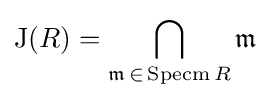
\mathrm {J} (R)=\bigcap _{{\mathfrak {m}}\,\in \,\operatorname {Specm} R}{\mathfrak {m}}